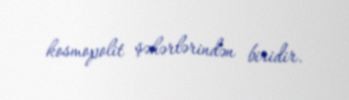
kosmopolit şəhərlərindən biridir.